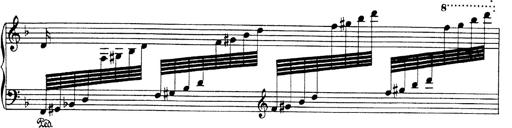
Title: Hungarian Rhapsody No.19
Composer: Franz Liszt
Key: D minor